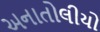
અનાતોલીયો